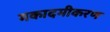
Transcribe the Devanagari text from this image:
मकादमीकरण